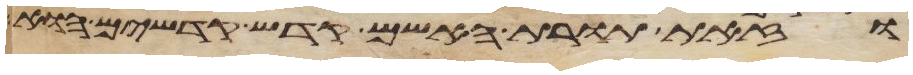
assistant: וזאת תורת האשם קדש קדשים הוא